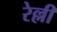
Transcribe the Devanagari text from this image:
रेल्ली